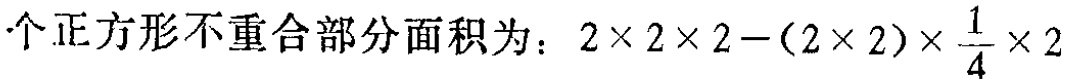
个正方形不重合部分面积为：\(2\times 2\times 2-(2\times 2)\times \frac{1}{4}\times 2\)